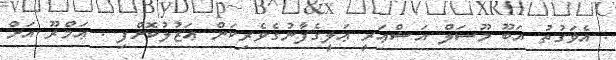
. އެޥަގުތު އަބޫ މޫސަލް އަޝްޢަރީ ޢަލީގެފާނުގެވެރިކަން ޢަޒުލުކޮށްފި . ޢަމްރޫ އަށް